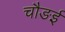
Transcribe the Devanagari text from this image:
चौङई